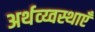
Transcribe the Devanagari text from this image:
अर्थव्य्वस्थाएँ